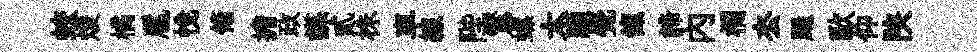
蛟煖橘扈悦翛擔政謀貳株車線陛鸑螺太顯覺餼諦内欄厺颺歐仰陕